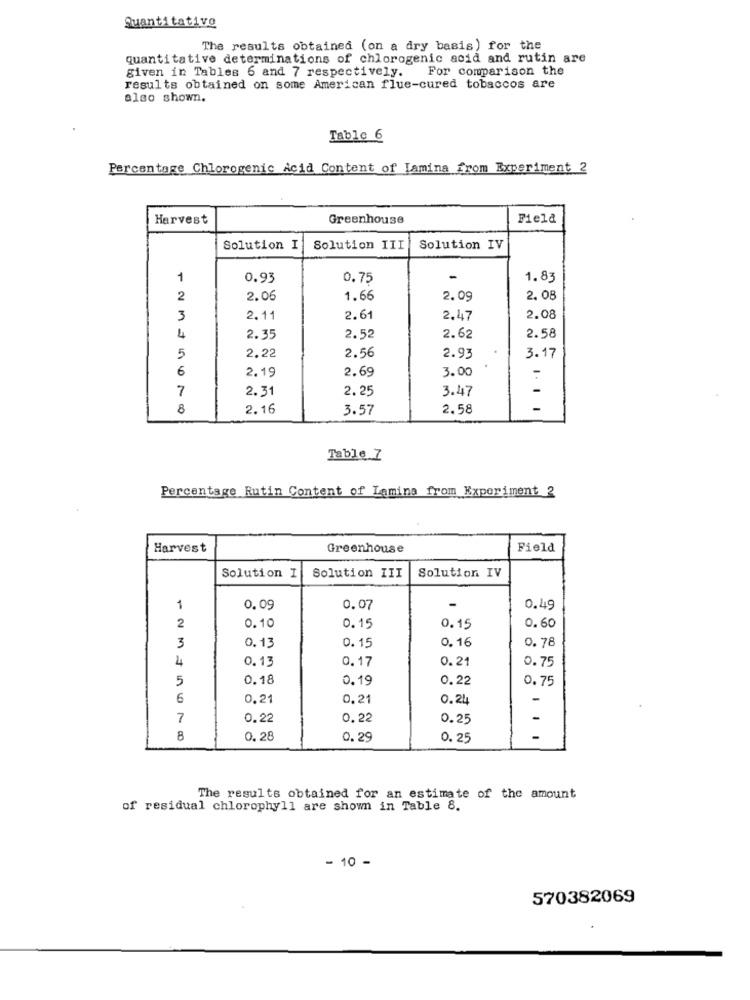
Quantitative
The results obtained (on a dry basis) for the
quantitative determinations of chlorogenic acid and rutin are
given in Tables 6 and 7 respectively.
For comparison the
results obtained on some American flue-cured tobaccos are
also shown.
Table 6
Percentage Chlorogenic Acid Content of Lamina from Experiment 2
Harvest
Greenhouse
Field
Solution I
Solution III
Solution IV
1
0.93
0.75
1.83
2
2.06
1.66
2.09
2.08
3
2.11
2.61
2.47
2.08
4
2.35
2.52
2.62
2.58
2.22
2.56
5
2.93
3.17
6
2.19
2.69
3.00
7
2.31
2.25
3.47
-
8
2.16
3.57
2.58
-
Table ]
Percentage Rutin Content of Lamina from Experiment 2
Harvest
Greenhouse
Field
Solution I
Solution III
Solution IV
1
0.09
0.07
0.49
0.10
2
0.15
0.15
0.60
0.13
0.15
0. 16
0. 78
3
4
0.13
0.17
0.21
0.75
5
0.18
0.19
0.22
0.75
6
0.21
0.21
0.24
-
7
0.22
0.22
0.25
-
8
0.28
0.29
0.25
The results obtained for an estimate of the amount
of residual chlorophyll are shown in Table 8.
- 10 -
570382069